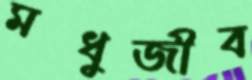
মধুজীব